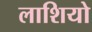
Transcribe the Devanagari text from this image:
लाशियो